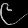
Digit: ၉